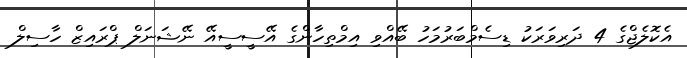
އެކޮލެޖްގެ 4 ދަރިވަރަކު ޑިސެމްބަރުމަހު ބޭއްވި އިމްތިހާންގެ އޭސީސީއޭ ނޭޝަނަލް ޕްރައިޒް ހާސިލް